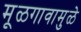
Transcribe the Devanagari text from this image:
मूळगावामुळे